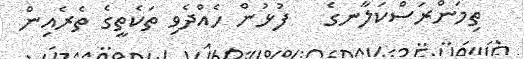
ތިމަންރަސްކަލާނގެ   ފުޅުން ހެއްދެވި ތަކެތީގެ ތެރެއިން